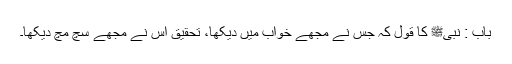
باب : نبیﷺ کا قول کہ جس نے مجھے خواب میں دیکھا، تحقیق اس نے مجھے سچ مچ دیکھا۔